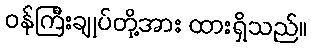
ဝန်ကြီးချုပ်တို့အား ထားရှိသည်။